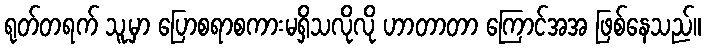
ရုတ်တရက် သူ့မှာ ပြောစရာစကားမရှိသလိုလို ဟာတာတာ ကြောင်အအ ဖြစ်နေသည်။